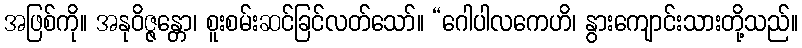
အဖြစ်ကို။ အနုဝိဇ္ဇန္တော၊ စူးစမ်းဆင်ခြင်လတ်သော်။ “ဂေါပါလကေဟိ၊ နွားကျောင်းသားတို့သည်။